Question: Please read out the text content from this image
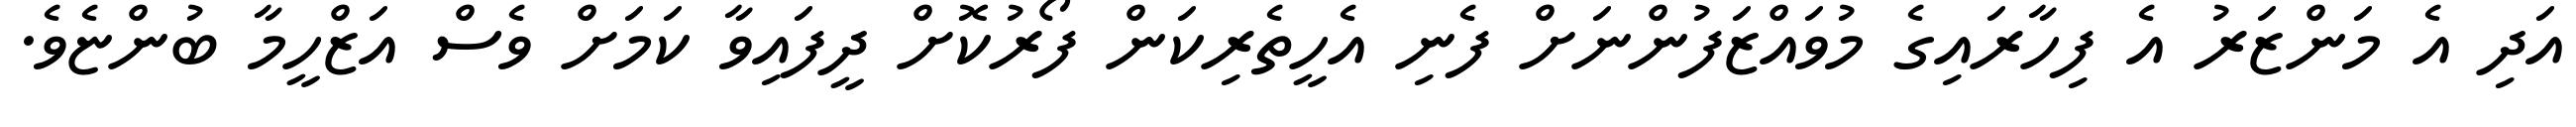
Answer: އަދި އެ މަންޒަރު އެ ފިހާރައިގެ މުވައްޒަފުންނަށް ފެނި އެހީތެރިކަން ފޯރުކޮށް ދީފައިވާ ކަމަށް ވެސް އަޒްހީމާ ބުންޏެވެ.